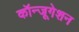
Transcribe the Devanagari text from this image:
कॉन्जूगेशन